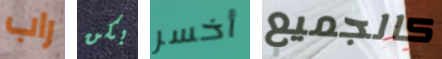
راب بكن أخسر كالجميع